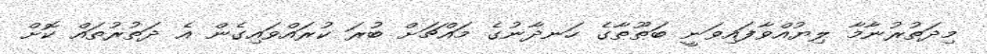
މިދަތުރުނާމާ ލިޔުއްވާފައިވަނީ ބަޠޫޠާގެ ހަނދާނުގެ މައްޗަށް ބުރަ ކުރައްވައިގެން އެ ދަތުރުތައް ކޮށް